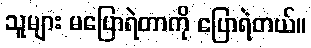
သူများ မပြောရဲတာကို ပြောရဲတယ်။